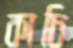
কাচি